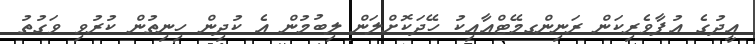
އީދުގެ އުފާވެރިކަން ރަނިންގމޭޓްއާއިކު ހޭދަކޮށްލަން ލިބުމުން އެ ކުދިން ހިނިތުން ކުރުވި ވަގުތު